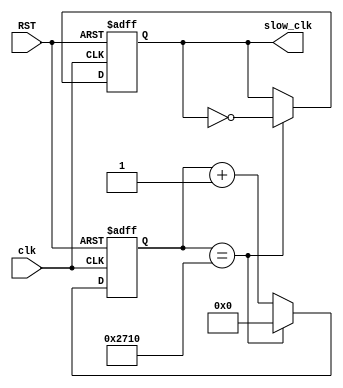
module clockdiv(
					clk,
					RST,
					slow_clk
    );

input clk, RST;
output slow_clk;

reg [25:0] count=26'b0;
reg slow_clk;


always @ (posedge clk or posedge RST)

	if (RST==1'b1) begin
	slow_clk <= 1'b0;
	count <= 26'b0;
	end else begin
		if (count==26'd10000) begin
			slow_clk <= (~slow_clk);
			count <= 26'b0;
		end else begin
		count <= count +1'b1;
		end
	end

endmodule